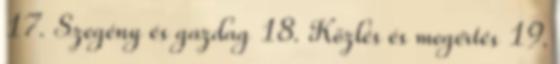
17. Szegény és gazdag 18. Közlés és megértés 19.